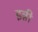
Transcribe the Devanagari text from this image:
इन्नी